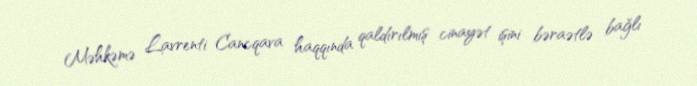
Məhkəmə Lavrenti Cancqava haqqında qaldırılmış cinayət işini bəraətlə bağlı